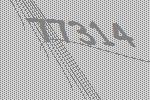
77314